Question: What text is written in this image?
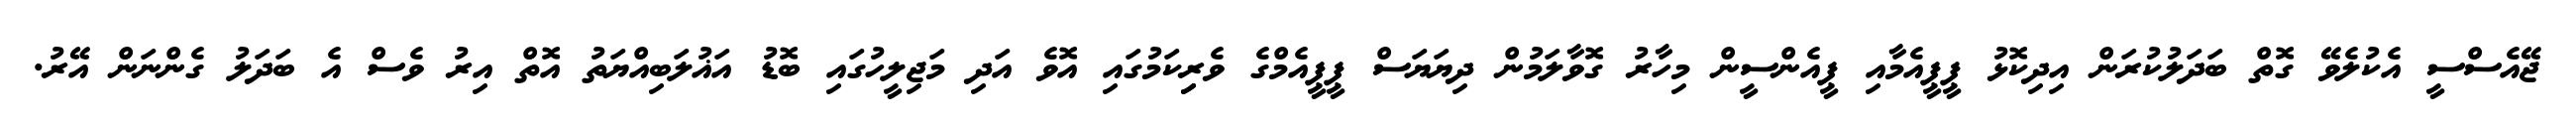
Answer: ޖޭއެސްސީ އެކުލެވޭ ގޮތް ބަދަލުކުރަން އިދިކޮޅު ޕީޕީއެމާއި ޕީއެންސީން މިހާރު ގޮވާލަމުން ދިޔަޔަސް ޕީޕީއެމްގެ ވެރިިކަމުގައި އޮވެ އަދި މަޖިލީހުގައި ބޮޑު އަޣުލަބިއްޔަތު އޮތް އިރު ވެސް އެ ބަދަލު ގެންނަން އޭރު.